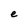
Character: e